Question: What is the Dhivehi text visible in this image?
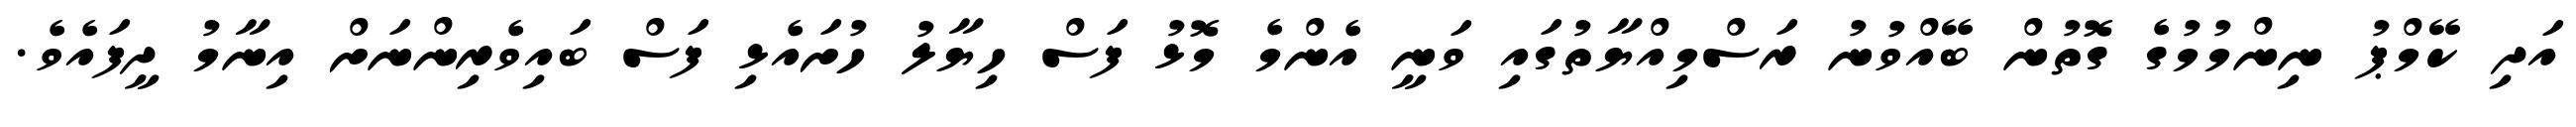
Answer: އަދި ކޭމްޕު ނިންމުމުގެ ގޮތުން ބޭއްވުނު ރަސްމިއްޔާތުގައި ވަނީ އެންމެ މޮޅު ފަސް ހިޔާލު ހުށައެޅި ފަސް ބައިވެރިންނަށް އިނާމު ދީފައެވެ.